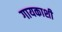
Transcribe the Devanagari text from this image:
गायकाशी